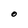
Character: O